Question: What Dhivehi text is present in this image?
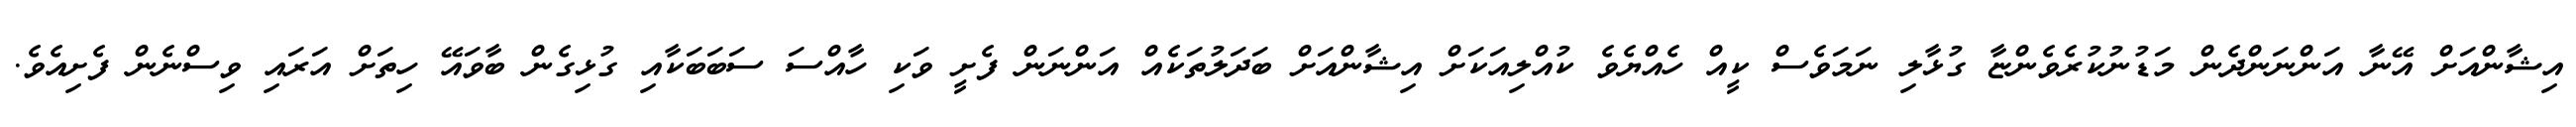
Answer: އިޝާންއަށް އޭނާ އަންނަންދެން މަޑުނުކުރެވެންޏާ ގުޅާލި ނަމަވެސް ކީއް ހެއްޔެވެ ކުއްލިއަކަށް އިޝާންއަށް ބަދަލުތަކެއް އަންނަން ފެށީ ވަކި ހާއްސަ ސަބަބަކާއި ގުޅިގެން ބާވައޭ ހިތަށް އަރައި ވިސްނެން ފެށިއެވެ.